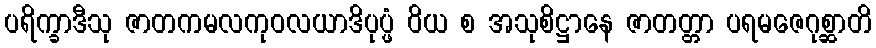
ပရိက္ခာဒီသု ဇာတကမလကုဝလယာဒိပုပ္ဖံ ဝိယ စ အသုစိဋ္ဌာနေ ဇာတတ္တာ ပရမဇေဂုစ္ဆာတိ